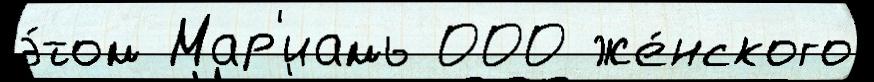
э́том Мар'иамь 000 же́нского